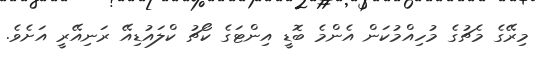
މިރޭގެ މެޗުގެ މުހިއްމުކަން އެންމެ ބޮޑީ އިންޓަގެ ކޯޗު ކްލައުޑިއޭ ރަނިއޭރީ އަށެވެ.